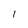
Character: 1